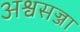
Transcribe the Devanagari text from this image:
अश्वसज्जा